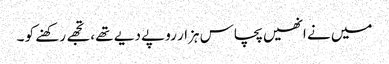
میں نے انھیں پچاس ہزار روپے دیے تھے ، تجھے رکھنے کو ۔